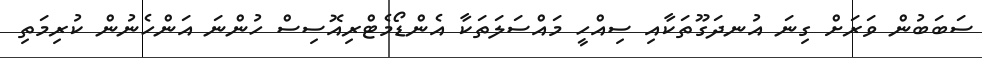
ސަބަބުން ވަރަށް ގިނަ އުނދަގޫތަކާއި ސިއްހީ މައްސަލަތަކާ އެންޑޯމެޓްރިއޮސިސް ހުންނަ އަންހެނުން ކުރިމަތި